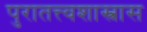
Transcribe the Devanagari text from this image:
पुरातत्त्वशास्त्रास